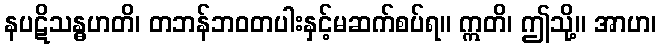
နပဋိသန္ဓဟတိ၊ တဘန်ဘဝတပါးနှင့်မဆက်စပ်ရ။ ဣတိ၊ ဤသို့။ အာဟ၊